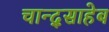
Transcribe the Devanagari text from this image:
चान्द्साहेब